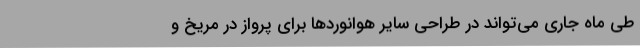
طی ماه جاری می‌تواند در طراحی سایر هوانوردها برای پرواز در مریخ و